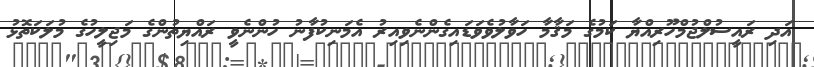
އަދި ރައީސުލްޖުމްހޫރިއްޔާ ކަމުގެ މަޤާމާ ހަވާލުވެވަޑައިގެންނެވިއިރު އެމަނިކުފާނު ހުންނެވީ ރައްޔިތުންގެ މަޖިލީހުގެ މުލަކަތޮޅު